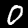
Label: 0